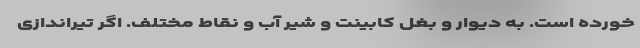
خورده است. به دیوار و بغل کابینت و شیر آب و نقاط مختلف. اگر تیراندازی